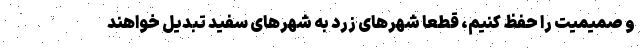
و صمیمیت را حفظ کنیم، قطعا شهرهای زرد به شهرهای سفید تبدیل خواهند